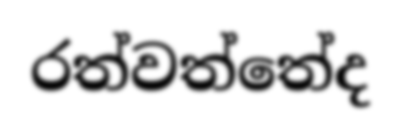
රත්වත්තේද